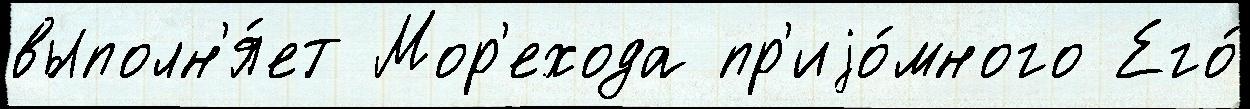
выполн'я́ет Мор'ехода пр'иjо́много Его́